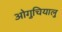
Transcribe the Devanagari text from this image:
ओगुचियालु